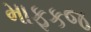
માફકજ